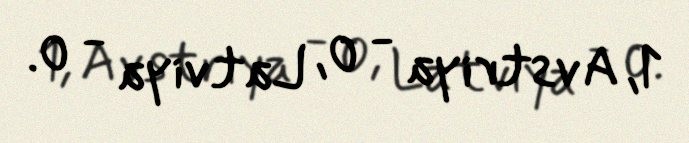
1, Avstriya - 0, Latviya - 0.